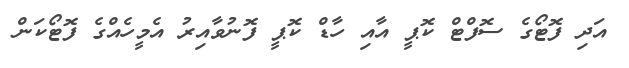
އަދި ފޮޓޯގެ ސޮފްޓް ކޮޕީ އާއި ހާޑް ކޮޕީ ފޮނުވާއިރު އެމީހެއްގެ ފޮޓޯކަން